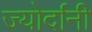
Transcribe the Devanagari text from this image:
ज्योर्दानी